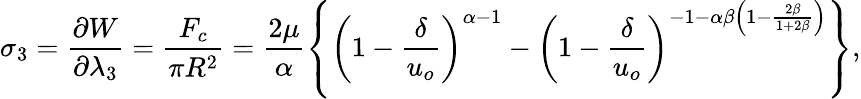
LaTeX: \sigma_{3}=\frac{\partial W}{\partial\lambda_{3}}=\frac{F_{c}}{\pi R^{2}}=\frac{2\mu}{\alpha}\left\{ \left(1-\frac{\delta}{u_{o}}\right)^{\alpha-1}-\left(1-\frac{\delta}{u_{o}}\right)^{-1-\alpha\beta\left(1-\frac{2\beta}{1+2\beta}\right)}\right\} ,